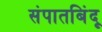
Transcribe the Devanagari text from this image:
संपातबिंदू